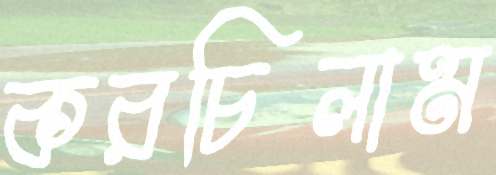
করচিলাম